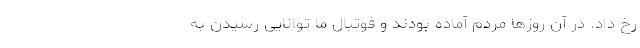
رخ داد. در آن روزها مردم آماده بودند و فوتبال ما توانایی رسیدن به